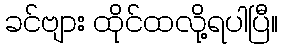
ခင်ဗျား ထိုင်ထလို့ရပါပြီ။